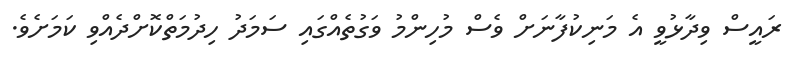
ރައީސް ވިދާޅުވީ އެ މަނިކުފާނަށް ވެސް މުހިންމު ވަގުތެއްގައި ސަމަދު ހިދުމަތްކޮށްދެއްވި ކަމަށެވެ.